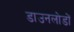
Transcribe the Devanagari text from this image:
डाउनलोडों